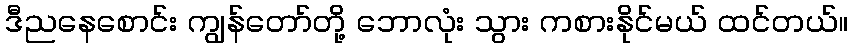
ဒီညနေစောင်း ကျွန်တော်တို့ ဘောလုံး သွား ကစားနိုင်မယ် ထင်တယ်။